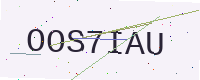
Text: OOS7IAU